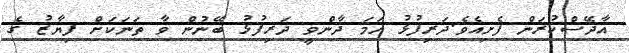
އާދޭސްކުރަން ފެށިއެވެ.ދަރިފުޅު ހަމަ ދާންވީ ދަރިފުޅު ބޭނުން ވާ ތަނަކަށް ފިޔާޒު ގެ